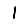
Digit: 1